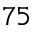
7 5